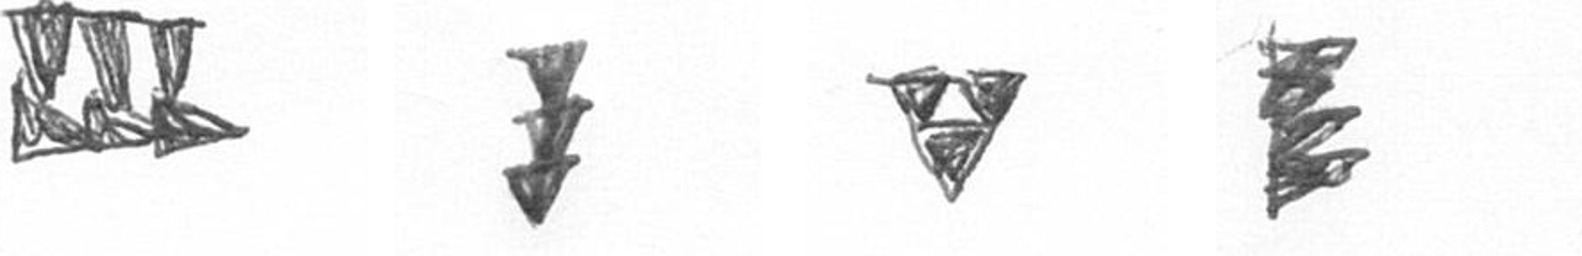
D E S H